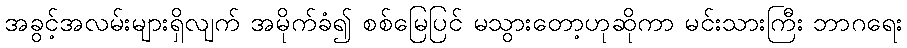
အခွင့်အလမ်းများရှိလျက် အမိုက်ခံ၍ စစ်မြေပြင် မသွားတော့ဟုဆိုကာ မင်းသားကြီး ဘာဂရေး